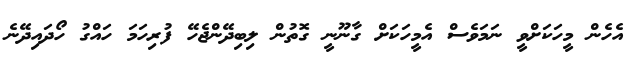
އެހެން މީހަކަށްވީ ނަމަވެސް އެމީހަކަށް ގާނޫނީ ގޮތުން ލިބިދޭންޖެހޭ ފުރިހަމަ ހައްގު ހޯދައިދޭނެ